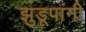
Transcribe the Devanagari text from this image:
झुडूपांनी